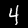
Label: 4